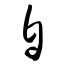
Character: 自